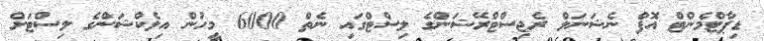
ޑިޕާޓްމެންޓް އޮފް ނެޝަނަލް ރެޖިސްޓްރޭޝަންގެ ލިސްޓްގައި ނެތް 6000 މީހުން އިލެކްޝަންގެ ލިސްޓަށް